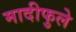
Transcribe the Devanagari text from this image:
मादीफुले